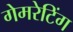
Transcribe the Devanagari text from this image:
गेमरेटिंग